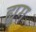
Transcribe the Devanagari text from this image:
ह्युग